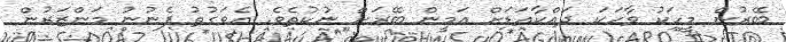
ބޭރުން މީހަކު ވާހަކަ ދައްކާއަޑަށް އަމީން ބޭރަށް ނުކުތެވެ. އެވަގުތު ފެނުނު މަންޒަރުން